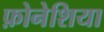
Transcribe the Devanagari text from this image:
फ़ोनेशिया